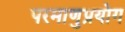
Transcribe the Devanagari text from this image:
परमाणुप्रयोग